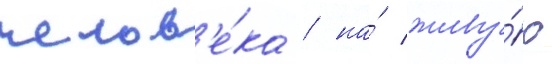
челов'е́ка / на́ живу́ю